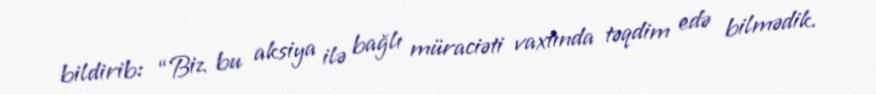
bildirib: “Biz bu aksiya ilə bağlı müraciəti vaxtında təqdim edə bilmədik.